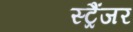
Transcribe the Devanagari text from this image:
स्ट्रैंजर